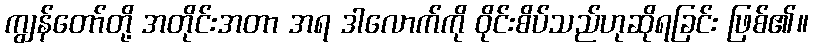
ကျွန်တော်တို့ အတိုင်းအတာ အရ ဒါလောက်ကို ဝိုင်းစိပ်သည်ဟုဆိုရခြင်း ဖြစ်၏။